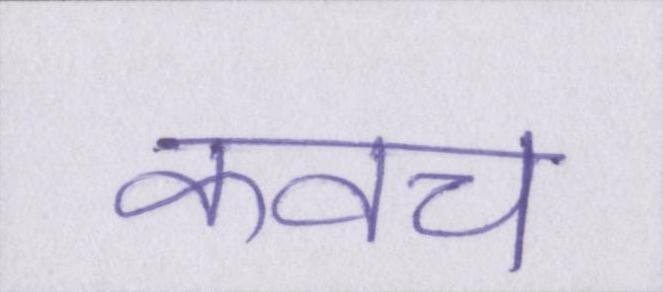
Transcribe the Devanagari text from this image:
कवच